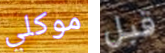
موكلي قبل